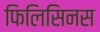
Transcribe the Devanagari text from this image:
फिलिसिनस